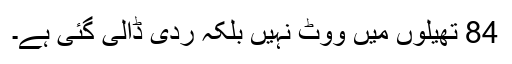
84 تھیلوں میں ووٹ نہیں بلکہ ردی ڈالی گئی ہے۔